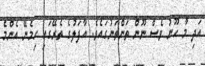
އަދި މާ ހޫނު ވެސް ނޫން ތަންތަނުގައެވެ. އާފަލުގެ ތެރޭގައި ހިމެނޭ އެންމެ